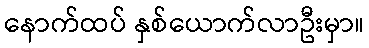
နောက်ထပ် နှစ်ယောက်လာဦးမှာ။